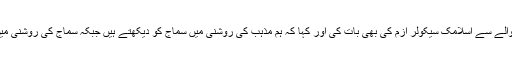
انہوں نے انڈونیشیا کے حوالے سے اسلامک سیکولر ازم کی بھی بات کی اور کہا کہ ہم مذہب کی روشنی میں سماج کو دیکھتے ہیں جبکہ سماج کی روشنی میں مذہب کو دیکھنا چاہیے۔